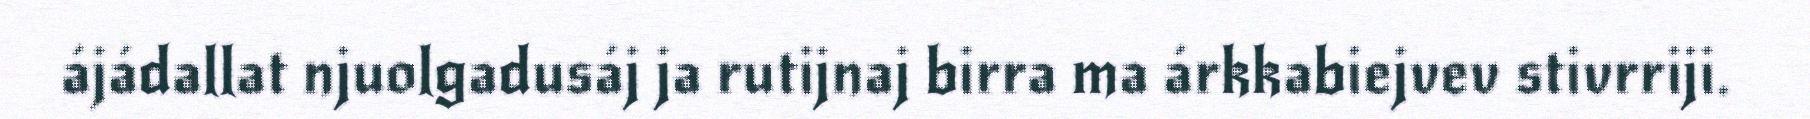
ájádallat njuolgadusáj ja rutijnaj birra ma árkkabiejvev stivrriji.